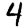
Digit: 4